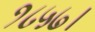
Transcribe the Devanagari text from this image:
१८५७।